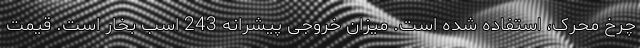
چرخ محرک، استفاده شده است. میزان خروجی پیشرانه 243 اسب بخار است. قیمت